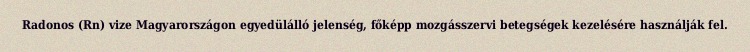
Radonos (Rn) vize Magyarországon egyedülálló jelenség, főképp mozgásszervi betegségek kezelésére használják fel.